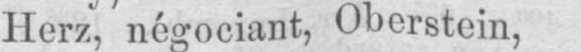
Herz, négociant, Oberstein,